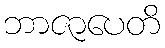
ဘာဇာပေတိ